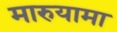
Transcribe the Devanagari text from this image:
मारुयामा